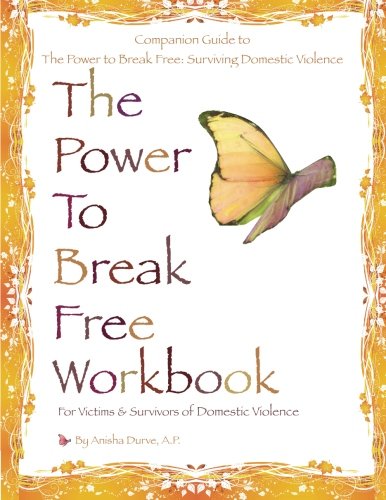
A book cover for The Power to Break Free Workbook: For Victims & Survivors of Domestic Violence; Anisha Durve; Parenting & Relationships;